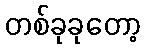
တစ်ခုခုတော့